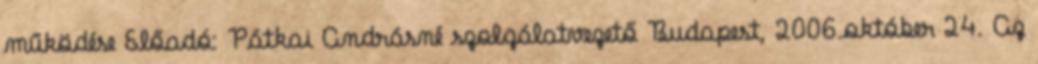
működése Előadó: Pátkai Andrásné szolgálatvezető Budapest, 2006.október 24. Az